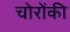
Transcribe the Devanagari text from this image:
चोरोंकी